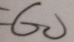
= 6 0